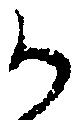
か